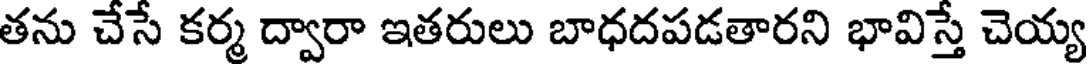
తను చేసే కర్మ ద్వారా ఇతరులు బాధదపడతారని భావిస్తే చెయ్య